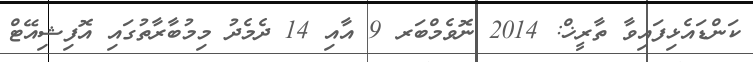
ކަންޑައެޅިފައިވާ ތާރީޚް: 2014 ނޮވެމްބަރ 9 އާއި 14 ދެމެދު މިމުބާރާތުގައި އޮފިޝިއޭޓް